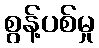
စွန့်ပစ်မှု